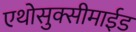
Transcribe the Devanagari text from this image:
एथोसुक्सीमाईड